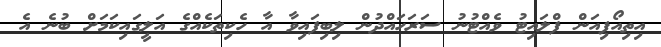
އިތިއޯޕިއަން ފްލައިޓު ވެއްޓުނު ސަރަހައްދުން ލިބިފައިވާ އާ ހެކިތަކެއްގެ އަލީގައިކަމަށް ބުނެ އެ